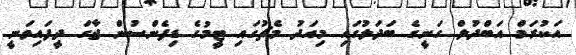
އަކުރަމް އަބްދުލް ގަނީގެ ބަދަލުގައި މިއަދު މެޗުގައި ޓީމުގެ ޑިފެންސުން ޖާގަ ދީފައިވަނީ